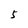
Character: 5